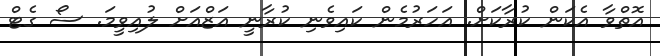
އޮތްވާ އެކަން ކުރާކަށް. އަހަރުމެން ކައިވެނި ކުރާނީ އަޒްއަށް ލުއިވީމަ. ސޯ ގެޓް